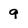
Character: 9